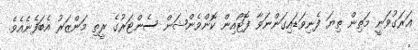
ޣަރަގުވަނީ މަތިން ތިޔަ ފެނިވަޑައިގަންނަވާ ފޮޓޯއިން ކޮންވެންޝަން ސެންޓަރުގެ ރީތި މަންޒަރު އެބަފެނެއެވެ.